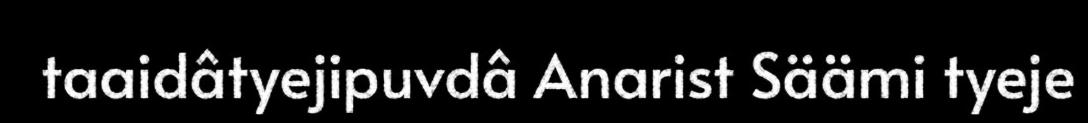
taaidâtyejipuvdâ Anarist Säämi tyeje